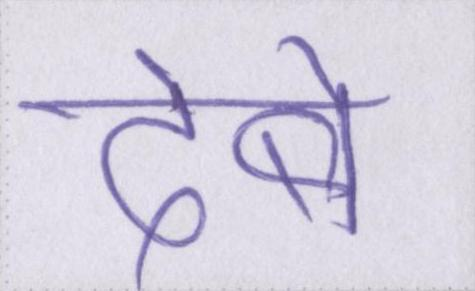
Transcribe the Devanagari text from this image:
देबे